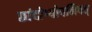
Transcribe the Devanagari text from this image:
छांदोग्योपनिषत्